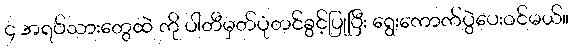
၄ အရပ်သားတွေထဲ ကို ပါတီမှတ်ပုံတင်ခွင့်ပြုပြီး ရွေးကောက်ပွဲပေးဝင်မယ်။